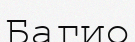
Багио